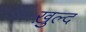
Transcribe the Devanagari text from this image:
ख़ुल्द